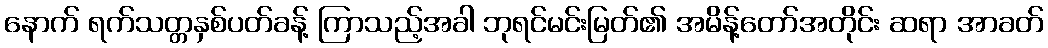
နောက် ရက်သတ္တနှစ်ပတ်ခန့် ကြာသည့်အခါ ဘုရင်မင်းမြတ်၏ အမိန့်တော်အတိုင်း ဆရာ အာခတ်